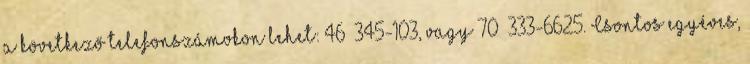
a következő telefonszámokon lehet: 46 345-103, vagy 70 333-6625. Csontos egyéves,